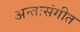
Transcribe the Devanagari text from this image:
अन्तःसंगीत